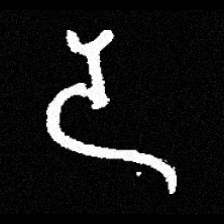
Pyu character \u2014 Myanmar letter: ဒ (romanized: da)